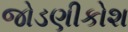
જોડણીકોશ